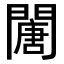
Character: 𨶈